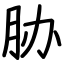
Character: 胁